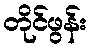
တိုင်ဖွန်း